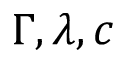
\Gamma , \lambda , c